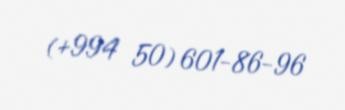
(+994 50) 601-86-96